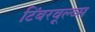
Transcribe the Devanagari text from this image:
टिंबरवूल्व्स